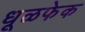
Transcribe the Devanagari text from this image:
धूळफेक